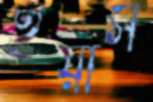
ইয়ার্স